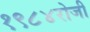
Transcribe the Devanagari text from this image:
१९८४रोजी